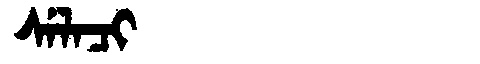
Manchu: ᠰᡝᠯᠠᠴᡳ
Romanization: SELACI